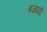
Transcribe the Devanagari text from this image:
बजायीं